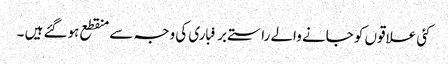
کئی علاقوں کو جانے والے راستے برفباری کی وجہ سے منقطع ہوگئے ہیں ۔